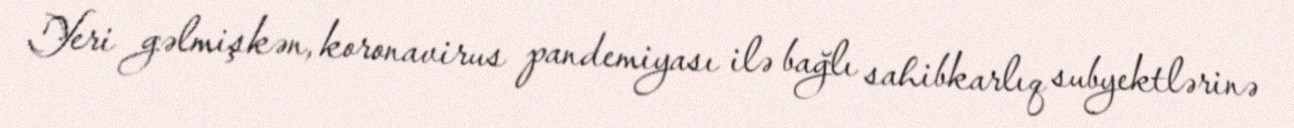
Yeri gəlmişkən, koronavirus pandemiyası ilə bağlı sahibkarlıq subyektlərinə